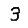
Digit: 3